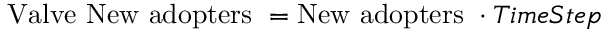
\ { \mathrm { V a l v e ~ N e w ~ a d o p t e r s } } \ = { \mathrm { N e w ~ a d o p t e r s ~ } } \cdot T i m e S t e p